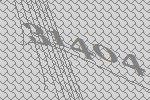
31404